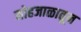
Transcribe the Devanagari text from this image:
मोहजाळातून